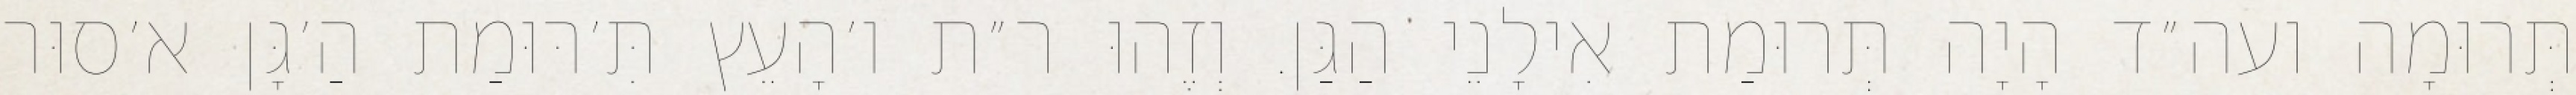
תְּרוּמָה ועה״ד הָיָה תְּרוּמַת אִילָנֵי הַגַּן. וְזֶהוּ ר״ת ו׳הָעֵץ תִּ׳רּוּמַת הַ׳גָּן א׳סוּר